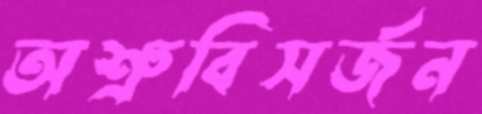
অশ্রুবিসর্জন